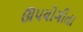
ઊપયોગીતા